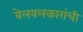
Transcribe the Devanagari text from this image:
बेलवलकारांची